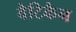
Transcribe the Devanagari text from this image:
वैटिकैन